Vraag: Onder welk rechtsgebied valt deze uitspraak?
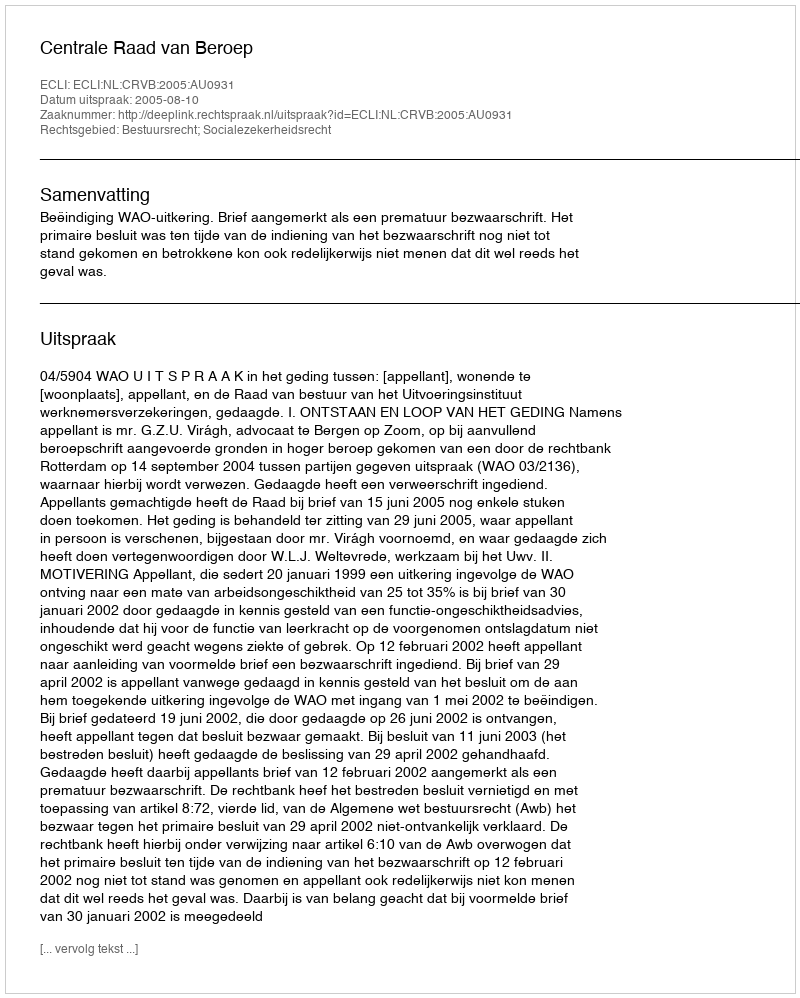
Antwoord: Bestuursrecht; Socialezekerheidsrecht